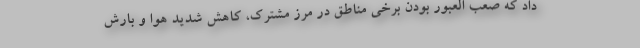
داد که صعب العبور بودن برخی مناطق در مرز مشترک، کاهش شدید هوا و بارش